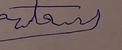
Signature authenticity: forged